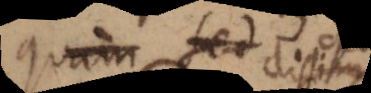
quam semel